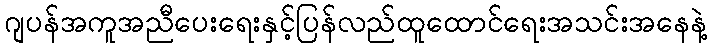
ဂျပန်အကူအညီပေးရေးနှင့်ပြန်လည်ထူထောင်ရေးအသင်းအနေနဲ့